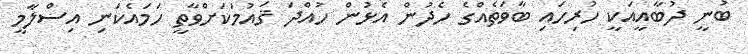
ބުނީ ދުބާއީއަކީ ހުރިހައި ބާވަތެއްގެ ހެދުން އެޅުން ހުއްދަ ޤައުމަކަށްވާތީ ހަމައެކަނި އިސްލާމީ